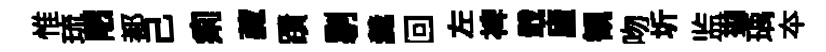
惟琉陋都己痢藏蹟剔羹回左裨戢廬観吻圻监拋瑀夲